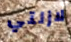
لازلتي